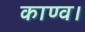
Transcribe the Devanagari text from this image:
काण्व।